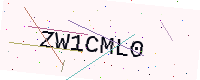
Text: ZW1CML0